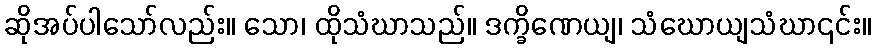
ဆိုအပ်ပါသော်လည်း။ သော၊ ထိုသံဃာသည်။ ဒက္ခိဏေယျ၊ သံဃောယျသံဃာ၎င်း။